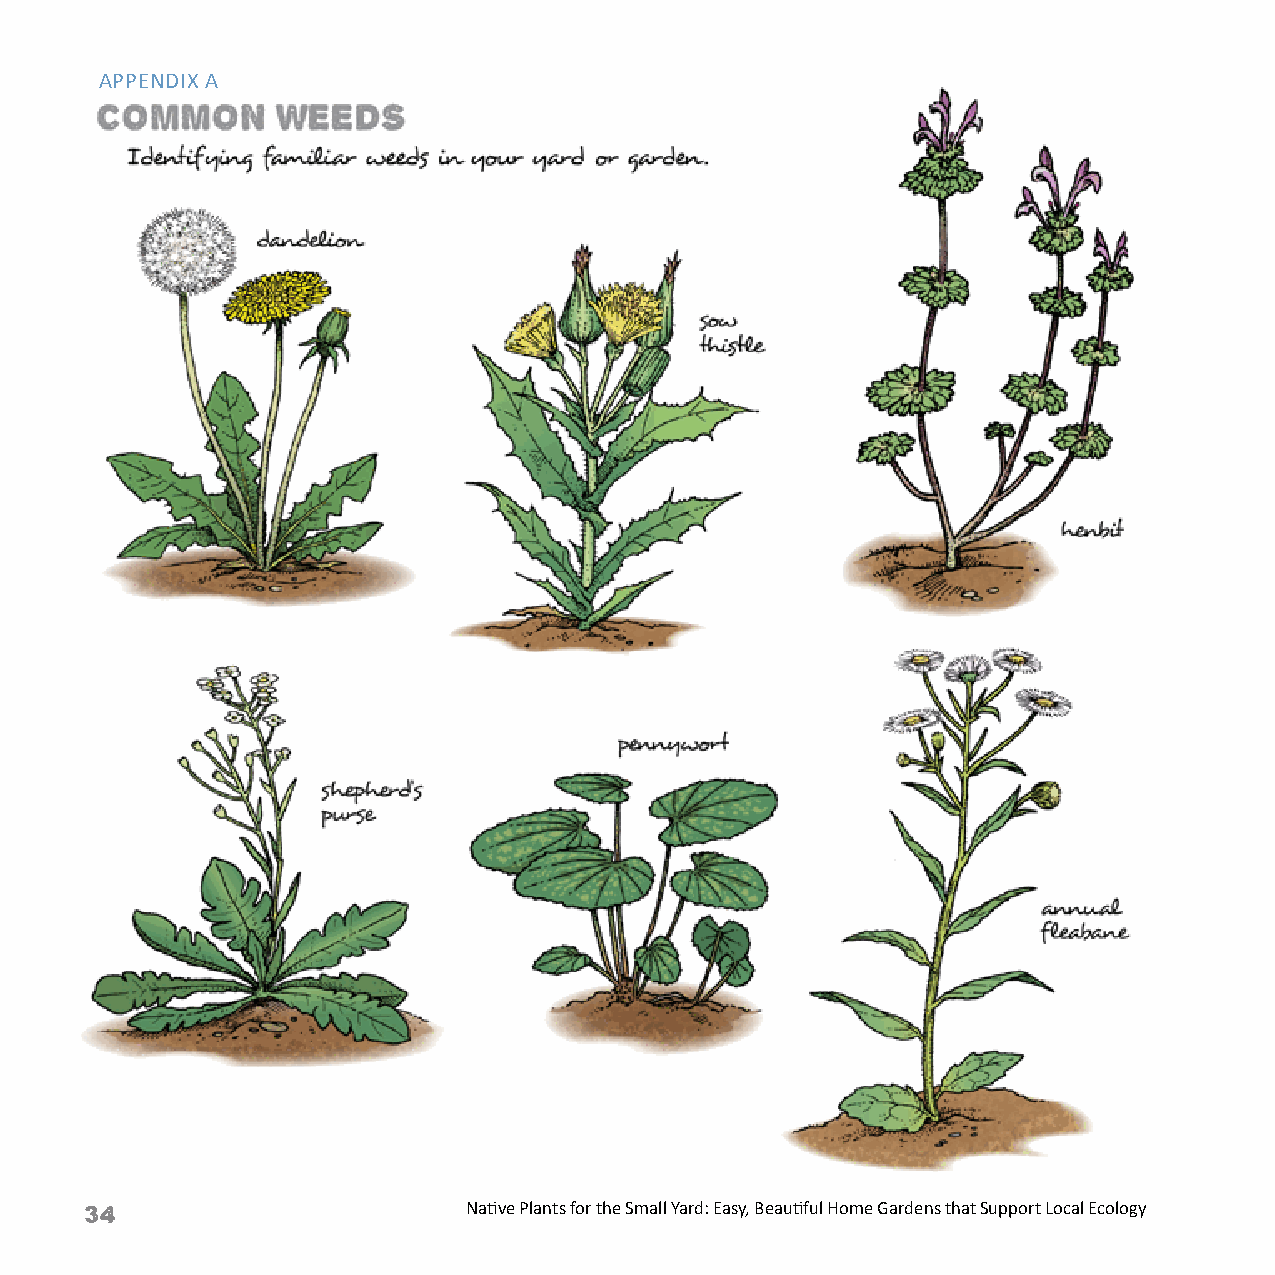
APPENDIX A
 34                       Native Plants for the Small Yard: Easy, Beautiful Home Gardens that Support Local Ecology